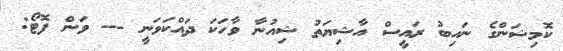
ކޮމިޝަންގެ ނައިބު ރައީސް އާޝިޔަތު ޝިއުނާ ވާހަކަ ދައްކަވަނީ --- ވަން ފޮޓޯ: